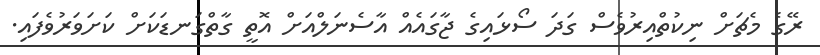
ރޭގެ މެޗަށް ނިކުތްއިރުވެސް ގަދަ ސޯޅައިގެ ޖާގައެއް އާސެނަލްއަށް އޮތީ ގާތްގަނޑަކަށް ކަށަވަރުވެފައި.